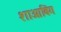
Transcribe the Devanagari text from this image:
शाओबिंग